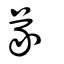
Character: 㒸